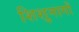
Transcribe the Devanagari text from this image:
शिशुनागों